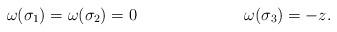
LaTeX: \begin{align*} \omega(\sigma_1)=\omega(\sigma_2)&=0& \omega(\sigma_3)&=-z.\end{align*}